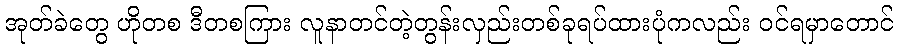
အုတ်ခဲတွေ ဟိုတစ ဒီတစကြား လူနာတင်တဲ့တွန်းလှည်းတစ်ခုရပ်ထားပုံကလည်း ဝင်ရမှာတောင်